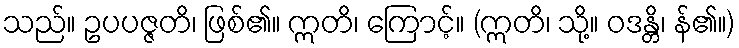
သည်။ ဥပပဇ္ဇတိ၊ ဖြစ်၏။ ဣတိ၊ ကြောင့်။ (ဣတိ၊ သို့။ ဝဒန္တိ၊ န်၏။)